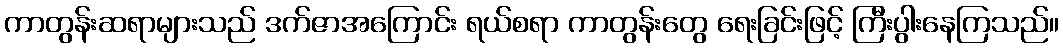
ကာတွန်းဆရာများသည် ဒက်ဇာအကြောင်း ရယ်စရာ ကာတွန်းတွေ ရေးခြင်းဖြင့် ကြီးပွါးနေကြသည်။